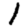
Digit: 1